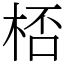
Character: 桮